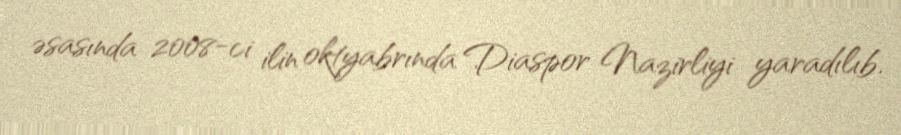
əsasında 2008-ci ilin oktyabrında Diaspor Nazirliyi yaradılıb.